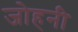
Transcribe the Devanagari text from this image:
जोहनी